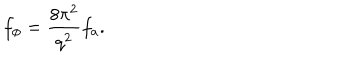
f _ { \phi } = \frac { 8 \pi ^ { 2 } } { q ^ { 2 } } f _ { a } .